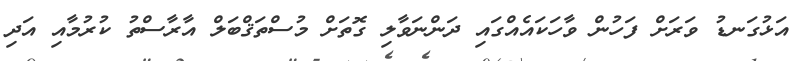
އަޅުގަނޑު ވަރަށް ފަހުން ވާހަކައެއްގައި ދަންނަވާލި ގޮތަށް މުސްތަޤްބަލް އާރާސްތު ކުރުމާއި އަދި